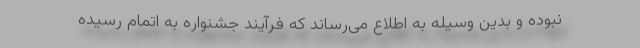
نبوده و بدین وسیله به اطلاع می‌رساند که فرآیند جشنواره به اتمام رسیده